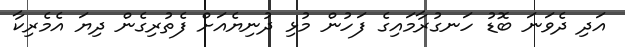
އަދި ދެވަނަ ބޮޑު ހަނގުރާމައިގެ ފަހުން މުޅި ދުނިޔެއަށް ފެތުރިގެން ދިޔަ އެމެރިކާ